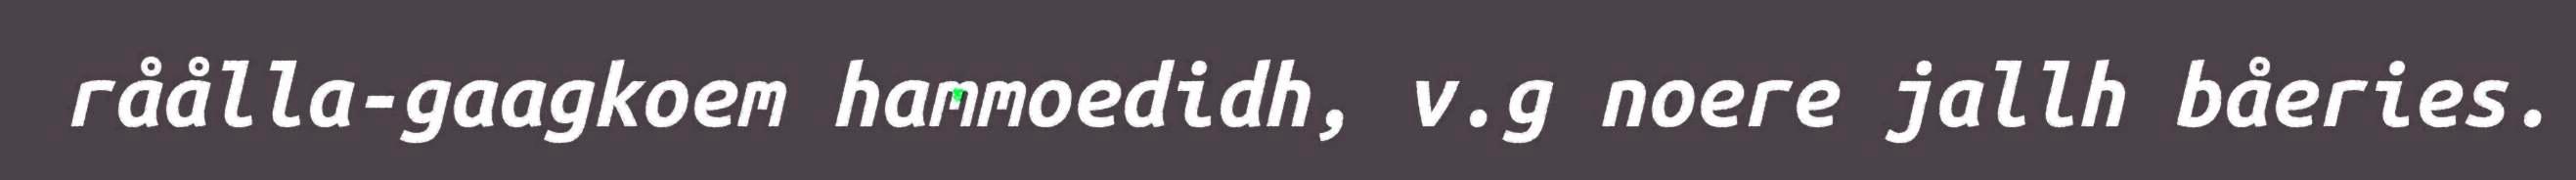
råålla-gaagkoem hammoedidh, v.g noere jallh båeries.